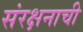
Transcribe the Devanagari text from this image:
संरक्षनाची